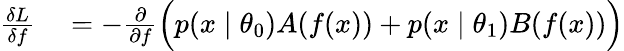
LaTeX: \begin{array}{rl}{\frac{\delta L}{\delta f}}&{{}=-\frac{\partial}{\partial f}\Big(p(x\mid\theta_{0})A(f(x))+p(x\mid\theta_{1})B(f(x))\Big)}\end{array}